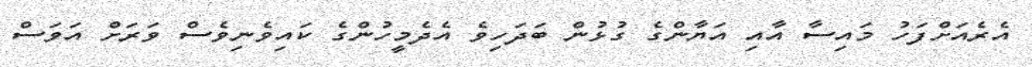
އެރެއަށްފަހު މައިސާ އާއި އަޔާންގެ ގުޅުން ބަދަހިވެ އެދެމީހުންގެ ކައިވެނިވެސް ވަރަށް އަވަސް